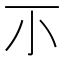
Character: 𡭕